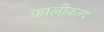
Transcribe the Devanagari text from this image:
कालीकल्प